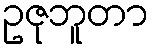
ဥဇုဘူတာ